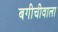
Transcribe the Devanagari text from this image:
बगीचीवाला